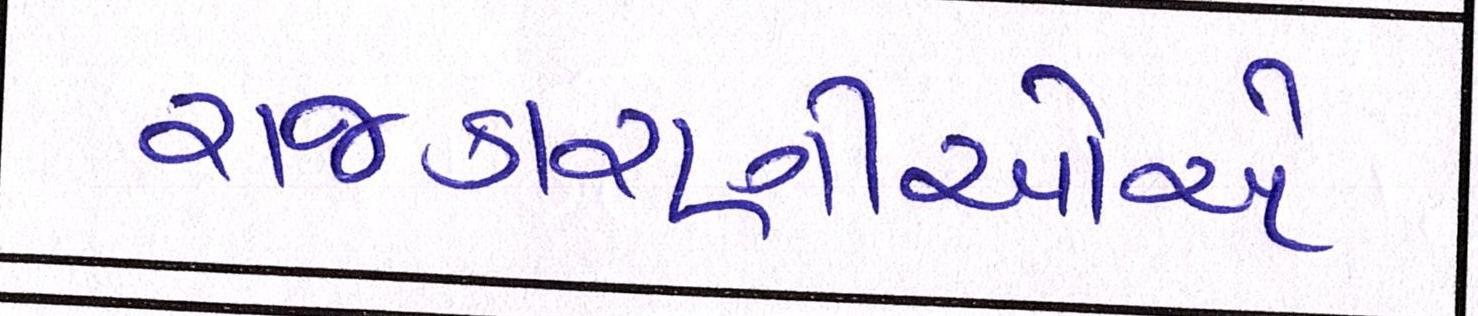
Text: રાજકારણીઓએ